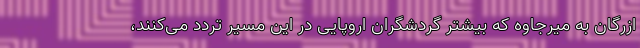
ازرگان به میرجاوه که بیشتر گردشگران اروپایی در این مسیر تردد می‌کنند،